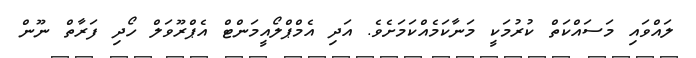
ލައްވައި މަސައްކަތް ކުރުމަކީ މަނާކަމެއްކަމަށެވެ. އަދި އެމްޕްލޯއީމަންޓް އެޕްރޫވަލް ހޯދި ފަރާތް ނޫން